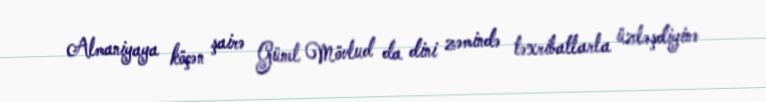
Almaniyaya köçən şairə Günel Mövlud da dini zəmində təxribatlarla üzləşdiyinə